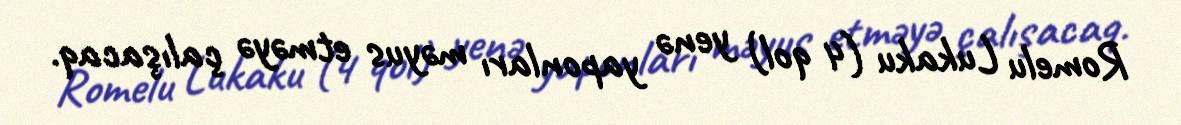
Romelu Lukaku (4 qol) yenə yaponları məyus etməyə çalışacaq.